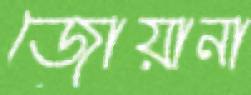
জোয়ানা